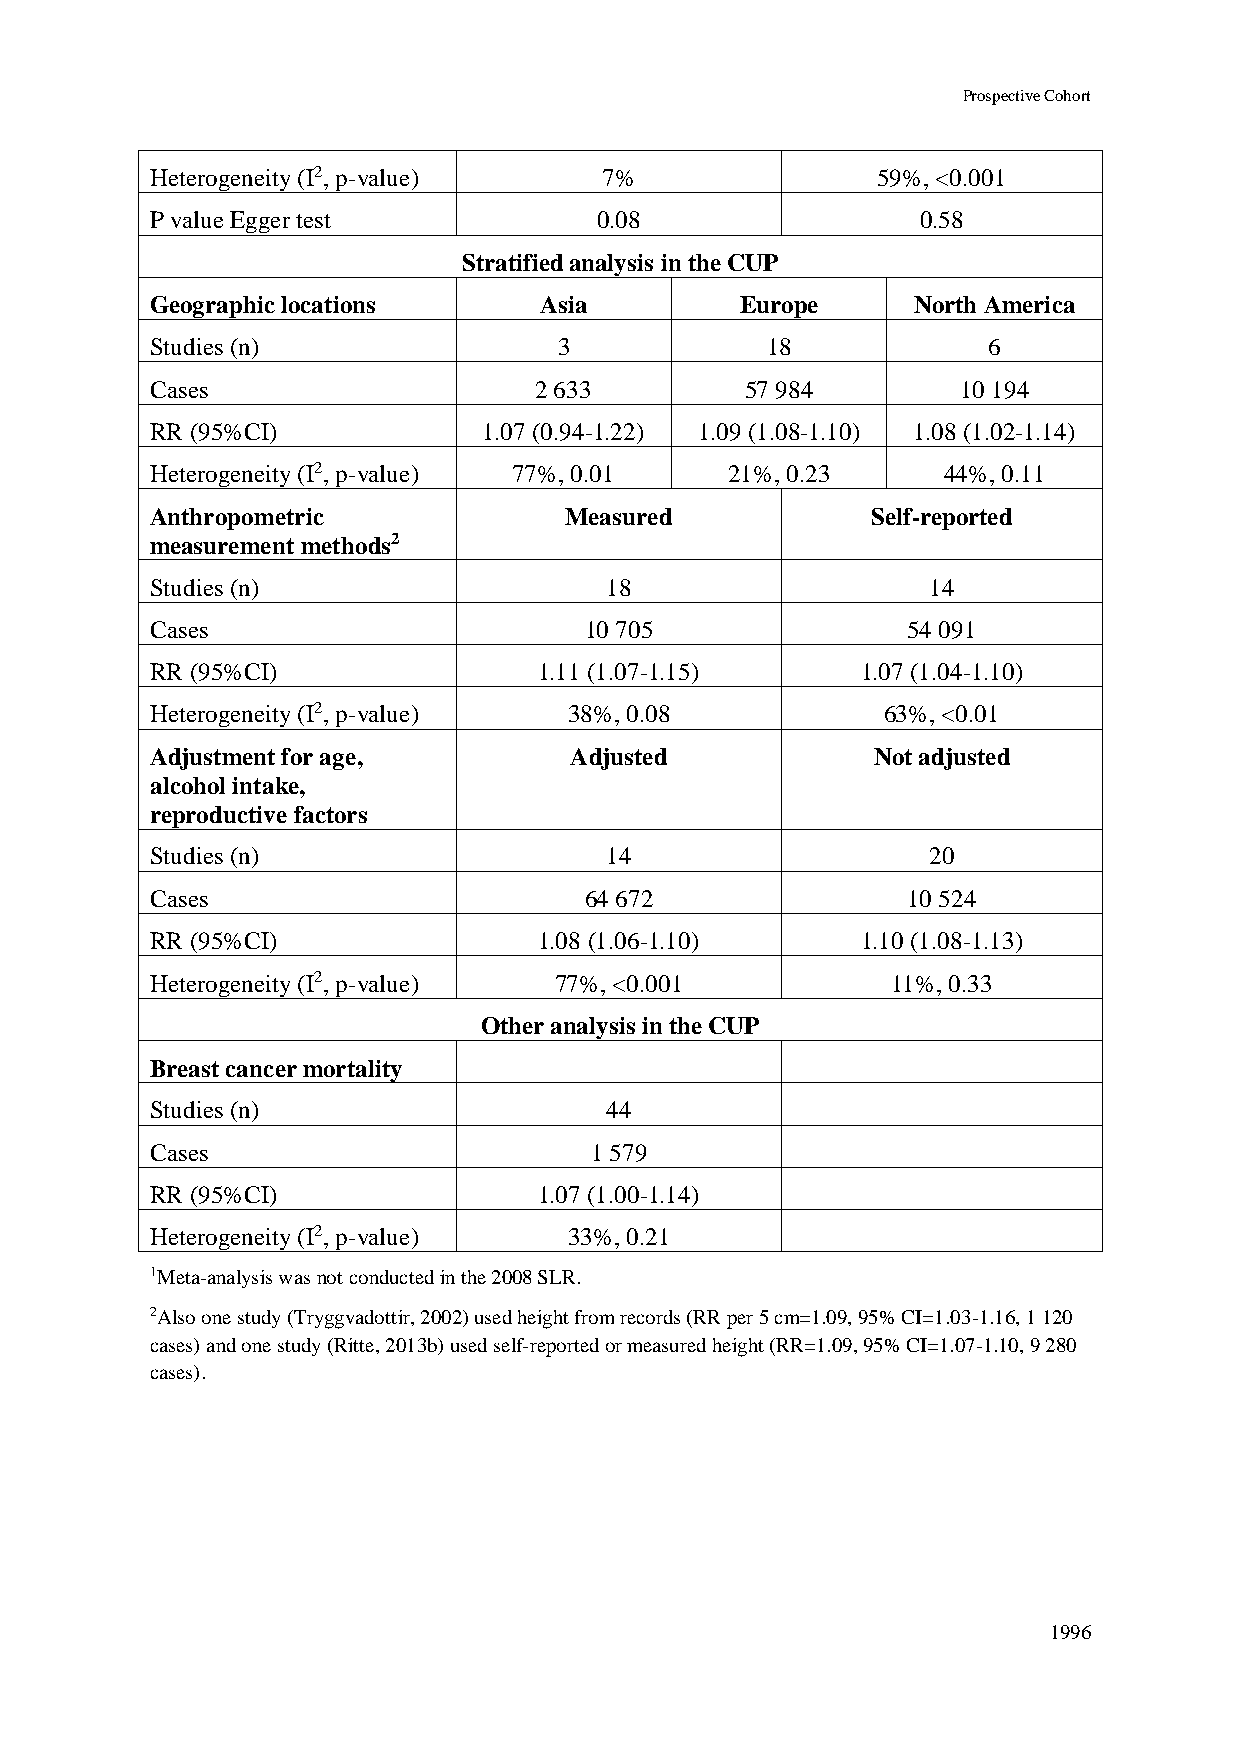
Prospective Cohort
 Heterogeneity (I2, p-value)   7%                59%, <0.001
 P value Egger test            0.08                 0.58
 Stratified analysis in the CUP
 Geographic locations      Asia         Europe     North America
 Studies (n)                3             18            6
 Cases                    2 633         57 984         10 194
 RR (95%CI)            1.07 (0.94-1.22) 1.09 (1.08-1.10) 1.08 (1.02-1.14)
 Heterogeneity (I2, p-value) 77%, 0.01 21%, 0.23     44%, 0.11
 Anthropometric             Measured             Self-reported
 measurement methods2
 Studies (n)                   18                    14
 Cases                        10 705               54 091
 RR (95%CI)                1.11 (1.07-1.15)     1.07 (1.04-1.10)
 Heterogeneity (I2, p-value) 38%, 0.08           63%, <0.01
 Adjustment for age,         Adjusted            Not adjusted
 alcohol intake,
 reproductive factors
 Studies (n)                   14                    20
 Cases                        64 672               10 524
 RR (95%CI)                1.08 (1.06-1.10)     1.10 (1.08-1.13)
 Heterogeneity (I2, p-value) 77%, <0.001          11%, 0.33
 Other analysis in the CUP
 Breast cancer mortality
 Studies (n)                   44
 Cases                        1 579
 RR (95%CI)                1.07 (1.00-1.14)
 Heterogeneity (I2, p-value) 33%, 0.21
 1Meta-analysis was not conducted in the 2008 SLR.
 2Also one study (Tryggvadottir, 2002) used height from records (RR per 5 cm=1.09, 95% CI=1.03-1.16, 1 120
 cases) and one study (Ritte, 2013b) used self-reported or measured height (RR=1.09, 95% CI=1.07-1.10, 9 280
 cases).
 1996